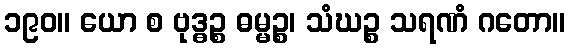
၁၉၀။ ယော စ ဗုဒ္ဓဉ္စ ဓမ္မဉ္စ၊ သံဃဉ္စ သရဏံ ဂတော။